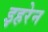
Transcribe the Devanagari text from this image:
इहरेन